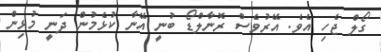
ގޯލް ޖެހި އެވެ. އޭރުވެސް ރޮނާލްޑޯ ބުނީ އޭނާ ކުޅެމުން ދަނީ މުޅިން